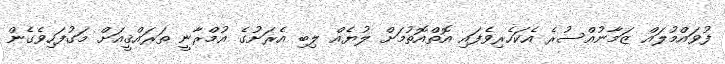
ފުވައްމުލައް ޒަމާނުއްސުރެ އެކަހެރިވެފައި އޮތްއޮތުމަށް ލުޔެއް ލިބި އެރަށުގެ އުމްރާނީ ތަަރައްޤީއަށް މަގުފަހިވެގެން